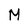
Character: M